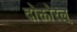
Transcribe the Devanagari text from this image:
दोक्तोरल्